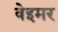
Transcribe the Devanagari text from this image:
वेइमर